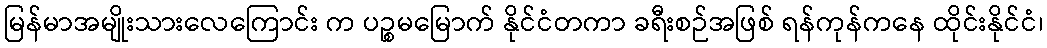
မြန်မာအမျိုးသားလေကြောင်း က ပဉ္စမမြောက် နိုင်ငံတကာ ခရီးစဉ်အဖြစ် ရန်ကုန်ကနေ ထိုင်းနိုင်ငံ၊